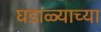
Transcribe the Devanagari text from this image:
घडाळ्याच्या